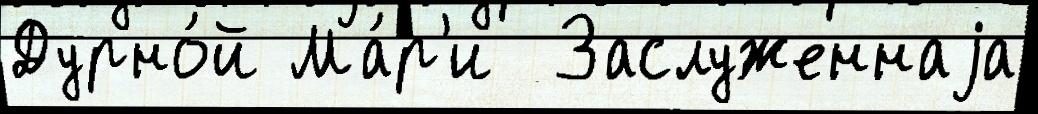
Дурно́й Ма́р'и  Заслуженнаjа